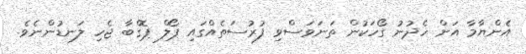
އެންޔާމާ އަށް ހެދުނު ގޯހަކުން ތަނަވަސްވި ފުރުސަތެއްގައި ޕޯލް ޕޮގްބާ ޖެހި ލަނޑުންނެވެ.